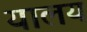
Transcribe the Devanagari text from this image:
यालय